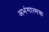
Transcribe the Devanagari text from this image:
अभंगात्मक